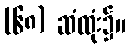
(၆၈) ဆံထုံး၌။